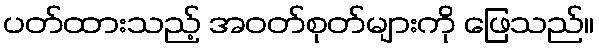
ပတ်ထားသည့် အဝတ်စုတ်များကို ဖြေသည်။